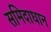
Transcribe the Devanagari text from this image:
समिदाधान